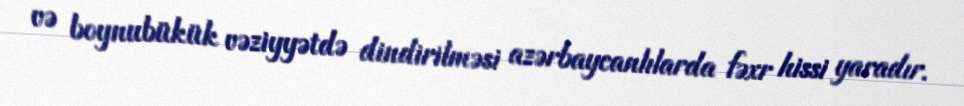
və boynubükük vəziyyətdə dindirilməsi azərbaycanlılarda fəxr hissi yaradır.